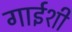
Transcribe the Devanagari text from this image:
गाईशी